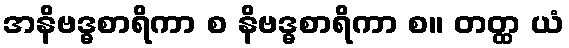
အနိဗဒ္ဓစာရိကာ စ နိဗဒ္ဓစာရိကာ စ။ တတ္ထ ယံ